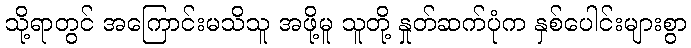
သို့ရာတွင် အကြောင်းမသိသူ အဖို့မူ သူတို့ နှုတ်ဆက်ပုံက နှစ်ပေါင်းများစွာ